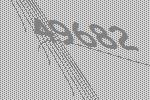
49682